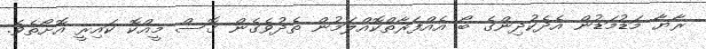
ރާޔާ މަޑުމަޑުން އެދެކުދިންގެ ބޯ އެއްފަރާތްކޮއްލަމުން ތެދުވެގެން ގޮސް މީއްކޮ ކައިރީ އޮށޯތެވެ.